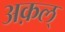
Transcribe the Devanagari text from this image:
अक़ल्‌